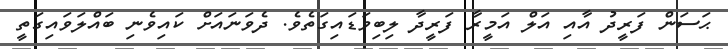
ޙަސަން ފަރީދު އާއި އަލް އަމީރާ ފަރީދާ ލިބިވަޑައިގަތެވެ. ދެވަނައަށް ކައިވެނި ބައްލަވައިގަތީ